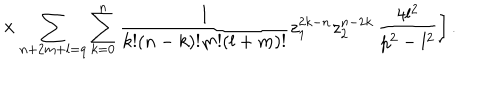
\times \sum _ { n + 2 m + l = q } \sum _ { k = 0 } ^ { n } \frac { 1 } { k ! ( n - k ) ! m ! ( l + m ) ! } z _ { 1 } ^ { 2 k - n } z _ { 2 } ^ { n - 2 k } \left. \frac { 4 l ^ { 2 } } { p ^ { 2 } - l ^ { 2 } } \right] .